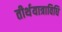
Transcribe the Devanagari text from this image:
तीर्थयात्राविधि